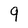
Character: 9